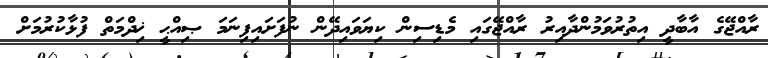
ރާއްޖޭގެ އާބާދީ އިތުރުވަމުންދާއިރު ރާއްޖޭގައި މެޑިސިން ކިޔަވައިދޭން ނުފަށައިފިނަމަ ޞިއްޙީ ޚިދްމަތް ފުޅާކުރުމަށް